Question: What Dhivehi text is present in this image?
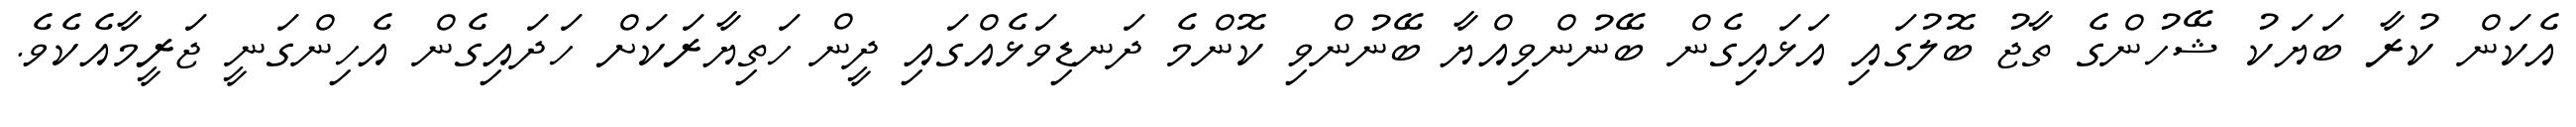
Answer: އެކަން ކުރާ ބަޔަކު ޝޭހުންގެ ތާޖު ބޮލުގައި އަޅައިގެން ބޭނުންވިއްޔާ ބޭނުންވި ކޮންމެ ދަނޑިވަޅެއްގައި ދީން ހަތިޔާރަކަށް ހަދައިގެން އެހިންގަނީ ޖަރީމާއެކެވެ.